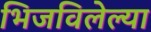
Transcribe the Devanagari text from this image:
भिजविलेल्या